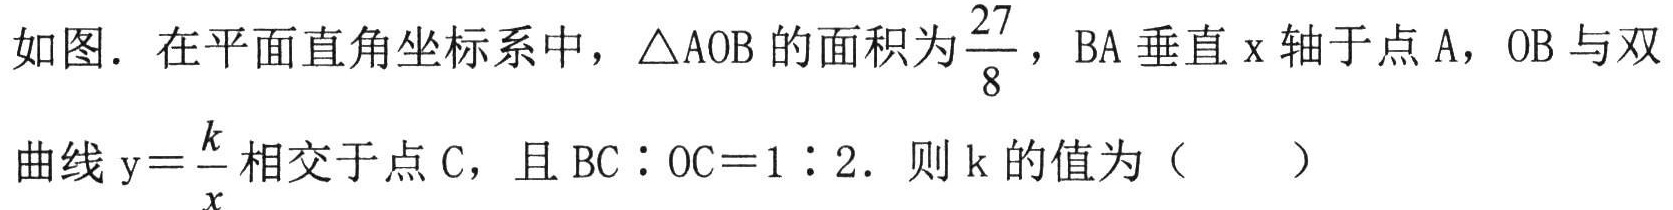
如图．在平面直角坐标系中，\(\triangle AOB\) 的面积为 \(\frac{27}{8}\)，\(BA\) 垂直 \(x\) 轴于点 \(A\)，\(OB\) 与双
曲线 \(y = \frac{k}{x}\) 相交于点 \(C\)，且 \(BC:OC = 1:2\)．则 \(k\) 的值为（  ）